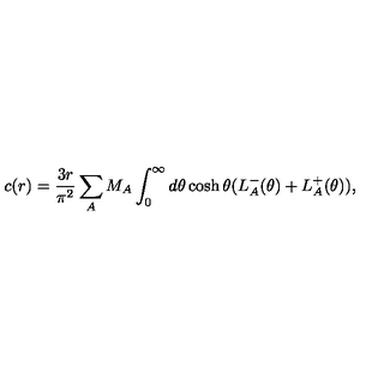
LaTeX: c ( r ) = \frac { 3 r } { \pi ^ { 2 } } \sum _ { A } M _ { A } \int _ { 0 } ^ { \infty } d \theta \cosh \theta ( L _ { A } ^ { - } ( \theta ) + L _ { A } ^ { + } ( \theta ) ) ,